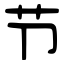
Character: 节